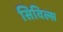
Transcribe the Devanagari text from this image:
सिविल्स